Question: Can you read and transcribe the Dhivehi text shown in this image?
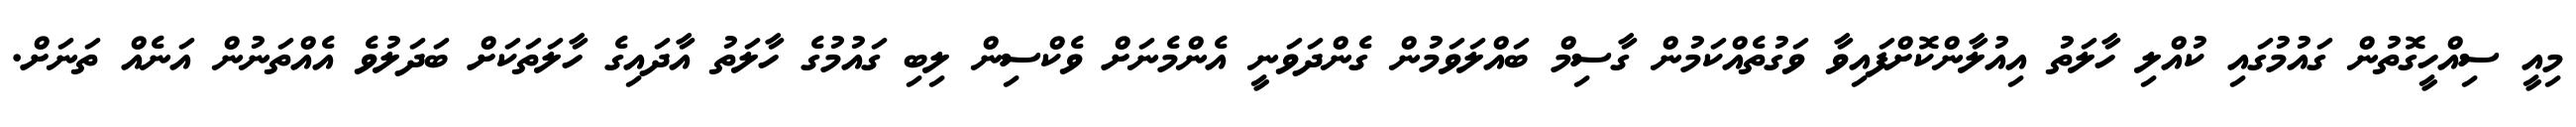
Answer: މިއީ ސިއްހީގޮތުން ގައުމުގައި ކުއްލި ހާލަތު އިއުލާންކޮށްފައިވާ ވަގުތެއްކަމުން ގާސިމް ބައްލަވަމުން ގެންދަވަނީ އެންމެނަށް ވެކްސިން ލިބި ގައުމުގެ ހާލަތު އާދައިގެ ހާލަތަކަށް ބަދަލުވެ އެއްތަނުން އަނެއް ތަނަށް.